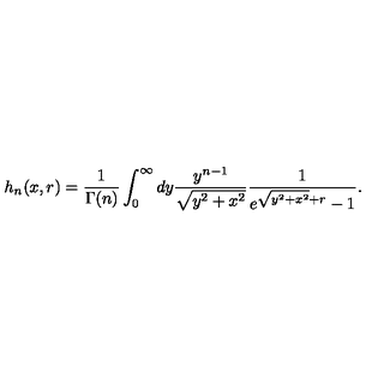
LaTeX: h _ { n } ( x , r ) = \frac { 1 } { \Gamma ( n ) } \int _ { 0 } ^ { \infty } d y \frac { y ^ { n - 1 } } { \sqrt { y ^ { 2 } + x ^ { 2 } } } \frac { 1 } { e ^ { \sqrt { y ^ { 2 } + x ^ { 2 } } + r } - 1 } .